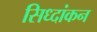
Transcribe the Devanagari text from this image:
सिध्दांकन